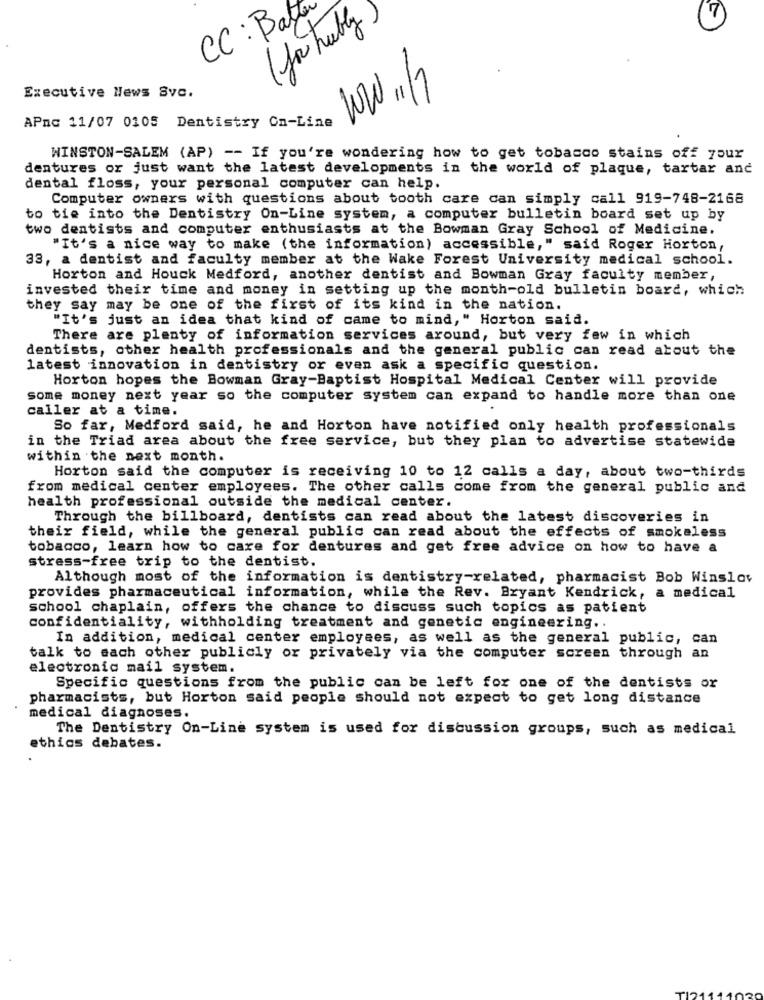
CC : Batt
(you hably)
7
Executive News Svc.
WW11
APnc 11/07 0105 Dentistry On-Line
WINSTON-SALEM (AP) -- If you're wondering how to get tobacco stains off your
dentures or just want the latest developments in the world of plaque, tartar anc
dental floss, your personal computer can help.
Computer owners with questions about tooth care can simply call 919-748-2168
to tie into the Dentistry On-Line system, a computer bulletin board set up by
two dentists and computer enthusiasts at the Bowman Gray School of Medicine.
"It's a nice way to make (the information) accessible," said Roger Horton,
33, a dentist and faculty member at the Wake Forest University medical school.
Horton and Houck Medford, another dentist and Bowman Gray faculty member,
invested their time and money in setting up the month-old bulletin board, which
they say may be one of the first of its kind in the nation.
"It's just an idea that kind of came to mind," Horton said.
There are plenty of information services around, but very few in which
dentists, other health professionals and the general public can read about the
latest innovation in dentistry or even ask a specific question.
Horton hopes the Bowman Gray-Baptist Hospital Medical Center will provide
some money next year so the computer system can expand to handle more than one
caller at a time.
So far, Medford said, he and Horton have notified only health professionals
in the Triad area about the free service, but they plan to advertise statewide
within the next month.
Horton said the computer is receiving 10 to 12 calls a day, about two-thirds
from medical center employees. The other calls come from the general public and
health professional outside the medical center.
Through the billboard, dentists can read about the latest discoveries in
their field, while the general public can read about the effects of smokeless
tobacco, learn how to care for dentures and get free advice on how to have a
stress-free trip to the dentist.
Although most of the information is dentistry-related, pharmacist Bob Winslow
provides pharmaceutical information, while the Rev. Bryant Kendrick, a medical
school chaplain, offers the chance to discuss such topics as patient
confidentiality, withholding treatment and genetic engineering ..
In addition, medical center employees, as well as the general public, can
talk to each other publicly or privately via the computer screen through an
electronic mail system.
Specific questions from the public can be left for one of the dentists or
pharmacists, but Horton said people should not expect to get long distance
medical diagnoses.
The Dentistry On-Line system is used for discussion groups, such as medical
ethics debates.